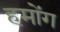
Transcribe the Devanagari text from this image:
हमोंग